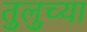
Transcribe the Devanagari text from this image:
तुलुच्या